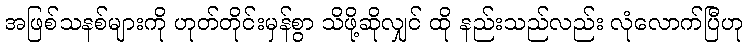
အဖြစ်သနစ်များကို ဟုတ်တိုင်းမှန်စွာ သိဖို့ဆိုလျှင် ထို နည်းသည်လည်း လုံလောက်ပြီဟု